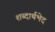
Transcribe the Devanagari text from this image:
शब्दार्थभेद